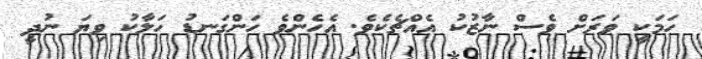
ހަމަކީ ވަރަށް ވެސް ނާޒުކު އެއްޗެކެވެ. އެހެންވެ ހަންގަނޑު ހަލާކު ވިޔަ ނުދީ